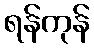
ရန်ကုန်